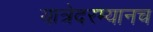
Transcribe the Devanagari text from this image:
यात्रेदरम्यानच